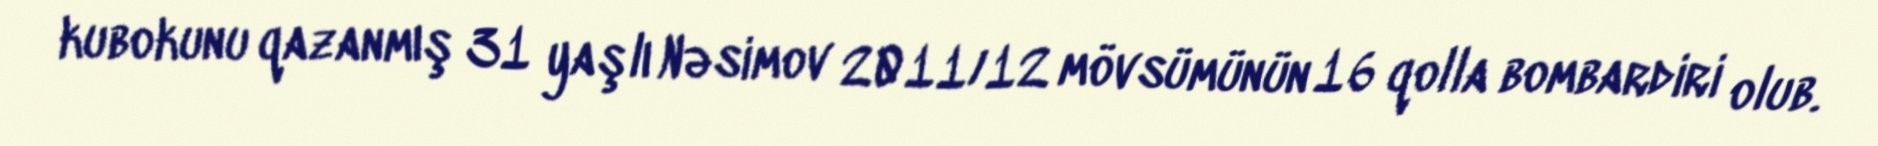
kubokunu qazanmış 31 yaşlı Nəsimov 2011/12 mövsümünün 16 qolla bombardiri olub.